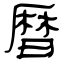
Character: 暦